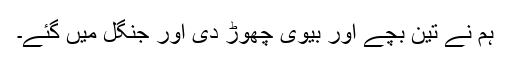
ہم نے تین بچے اور بیوی چھوڑ دی اور جنگل میں گئے۔